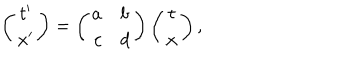
\left( \begin{array} { c } { { t ^ { \prime } } } \\ { { x ^ { \prime } } } \\ \end{array} \right) = \left( \begin{array} { r l } { { a } } & { { b } } \\ { { c } } & { { d } } \\ \end{array} \right) \left( \begin{array} { c } { { t } } \\ { { x } } \\ \end{array} \right) ,